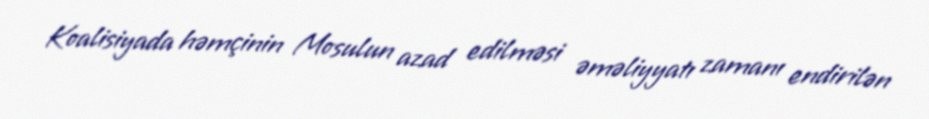
Koalisiyada həmçinin Mosulun azad edilməsi əməliyyatı zamanı endirilən